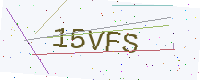
Text: 15VFS